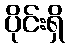
ပိုင်းရှိ